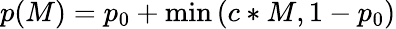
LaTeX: p(M)=p_{0}+\operatorname*{min}\left(c*M,1-p_{0}\right)